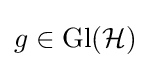
g\in \mathrm {Gl} ({\mathcal {H}})